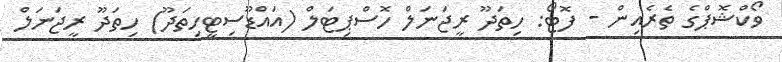
ވޯކްޝޮޕްގެ ތެރެއިން - ފޮޓޯ: ހިތަދޫ ރީޖަނަލް ހޮސްޕިޓަލް (އައްޑޫސިޓީހިތަދޫ) ހިތަދޫ ރީޖަނަލް